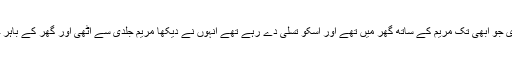
31 یہودی جو ابھی تک مریم کے ساتھ گھر میں تھے اور اسکو تسلّی دے رہے تھے انہوں نے دیکھا مریم جلدی سے اٹھی اور گھر کے باہر چلی گئی۔